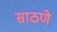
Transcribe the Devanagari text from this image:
साठणे